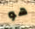
هو